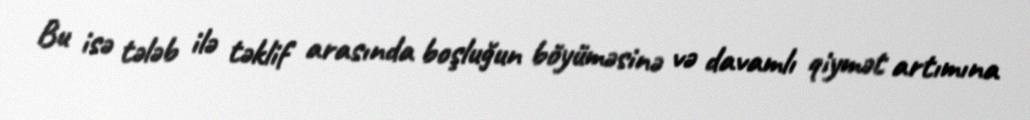
Bu isə tələb ilə təklif arasında boşluğun böyüməsinə və davamlı qiymət artımına